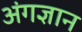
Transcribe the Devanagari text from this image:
अंगज्ञान